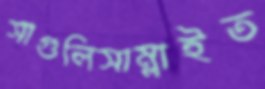
সাগুলিসাম্‌লাইত